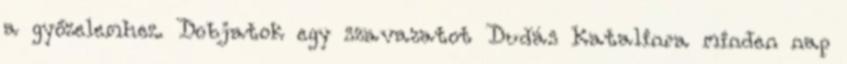
a győzelemhez. Dobjatok egy szavazatot Dudás Katalinra minden nap